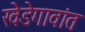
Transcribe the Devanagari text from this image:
खेडेगावांत